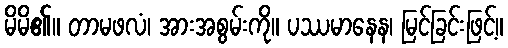
မိမိ၏။ တာမဖလံ၊ အားအစွမ်းကို။ ပဿမာနေန၊ မြင်ခြင်းဖြင့်။